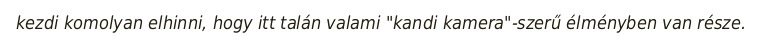
kezdi komolyan elhinni, hogy itt talán valami "kandi kamera"-szerű élményben van része.